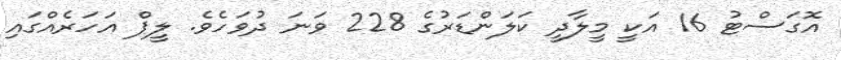
އޮގަސްޓު 16 އަކީ މީލާދީ ކަލަންޑަރުގެ 228 ވަނަ ދުވަހެވެ. ލީޕް އަހަރެއްގައި